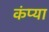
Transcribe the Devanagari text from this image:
कंप्या